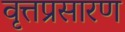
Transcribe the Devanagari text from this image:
वृत्तप्रसारण